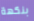
بنكهة